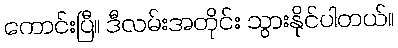
ကောင်းပြီ။ ဒီလမ်းအတိုင်း သွားနိုင်ပါတယ်။